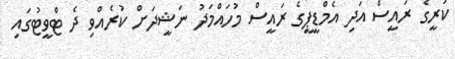
ކުރީގެ ރައީސް އަދި އެމްޑީޕީގެ ރައީސް މުހައްމަދު ނަޝީދަށް ކުރެއްވި ދެ ޓްވީޓުގައި